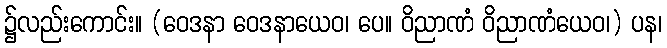
၌လည်းကောင်း။ (ဝေဒနာ ဝေဒနာယေဝ၊ ပေ။ ဝိညာဏံ ဝိညာဏံယေဝ၊) ပန၊